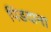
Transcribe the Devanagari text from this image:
पिंडदाना